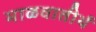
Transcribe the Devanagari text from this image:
माळवातीर्थ